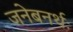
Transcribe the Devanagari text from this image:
जनेबनर्थः